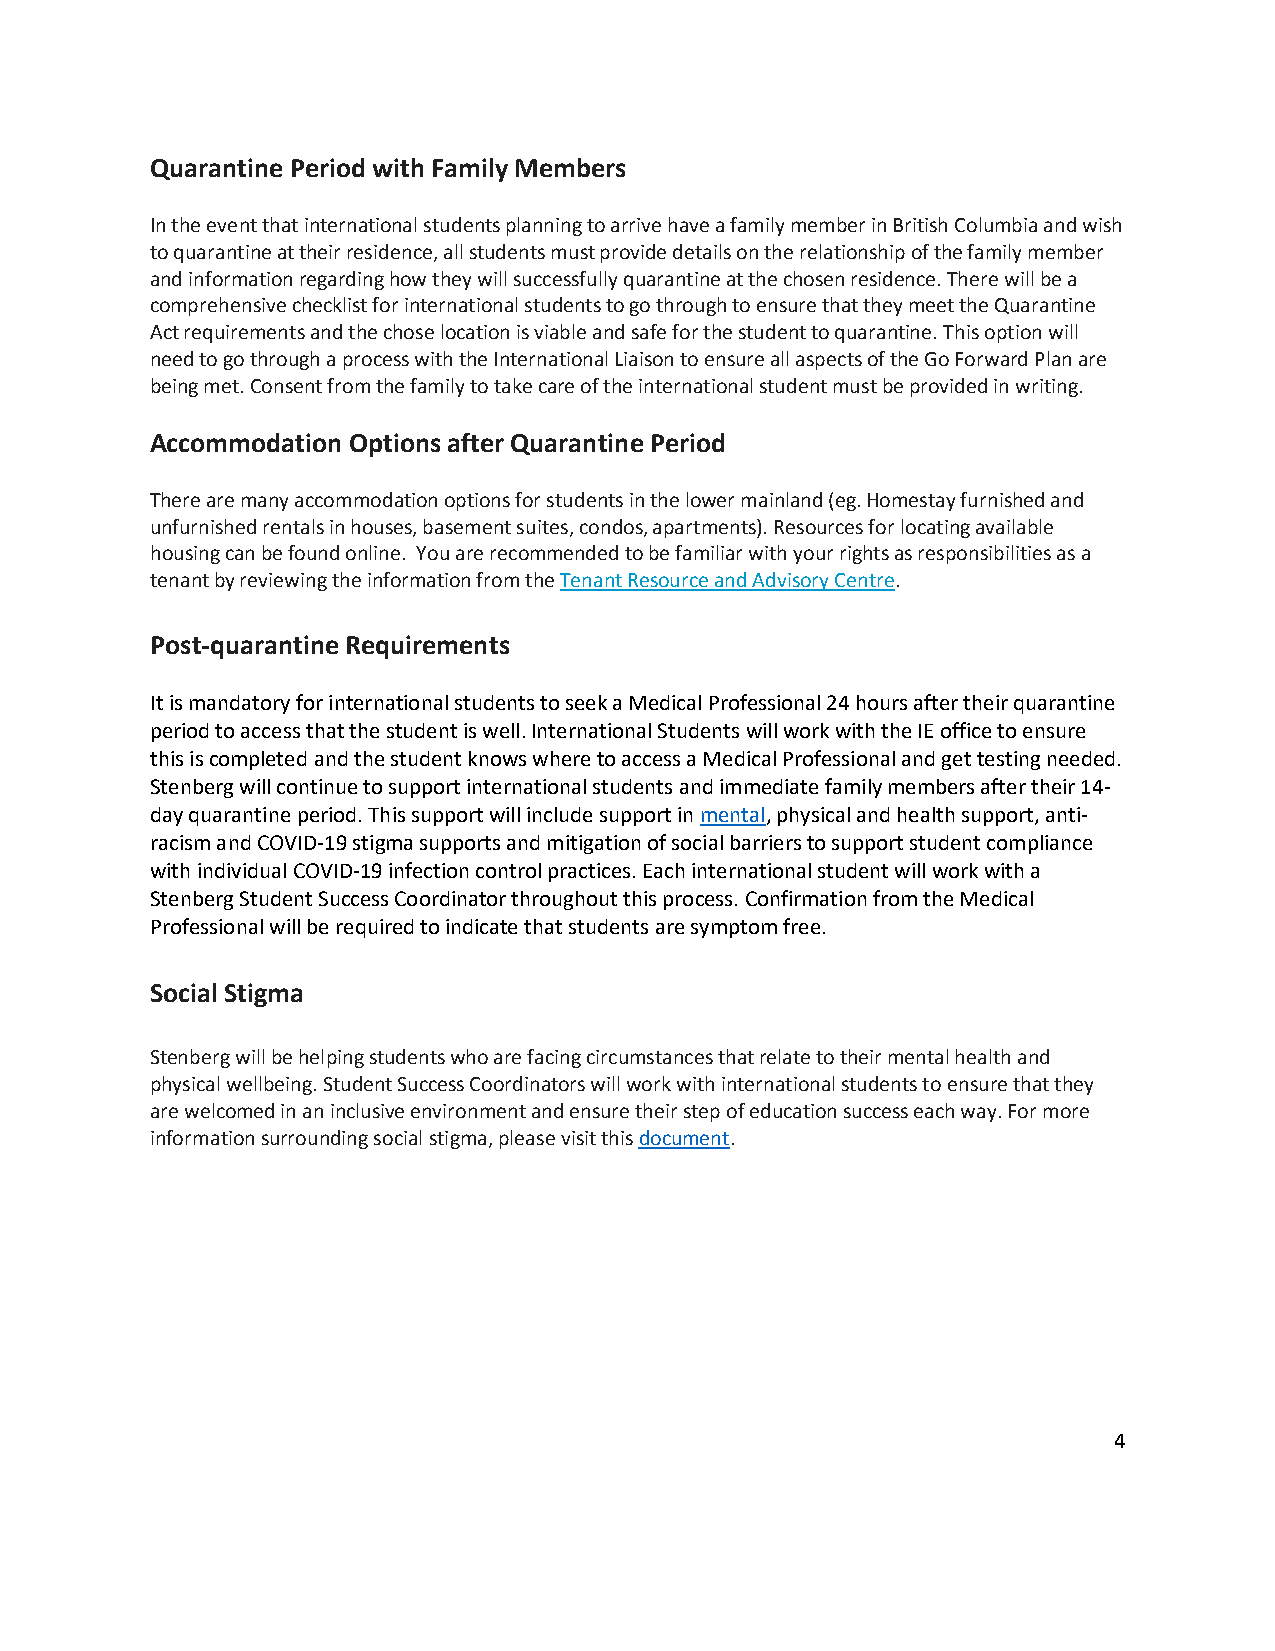
Quarantine Period with Family Members
 In the event that international students planning to arrive have a family member in British Columbia and wish
 to quarantine at their residence, all students must provide details on the relationship of the family member
 and information regarding how they will successfully quarantine at the chosen residence. There will be a
 comprehensive checklist for international students to go through to ensure that they meet the Quarantine
 Act requirements and the chose location is viable and safe for the student to quarantine. This option will
 need to go through a process with the International Liaison to ensure all aspects of the Go Forward Plan are
 being met. Consent from the family to take care of the international student must be provided in writing.
 Accommodation Options after Quarantine Period
 There are many accommodation options for students in the lower mainland (eg. Homestay furnished and
 unfurnished rentals in houses, basement suites, condos, apartments). Resources for locating available
 housing can be found online. You are recommended to be familiar with your rights as responsibilities as a
 tenant by reviewing the information from the Tenant Resource and Advisory Centre.
 Post-quarantine Requirements
 It is mandatory for international students to seek a Medical Professional 24 hours after their quarantine
 period to access that the student is well. International Students will work with the IE office to ensure
 this is completed and the student knows where to access a Medical Professional and get testing needed.
 Stenberg will continue to support international students and immediate family members after their 14-
 day quarantine period. This support will include support in mental, physical and health support, anti-
 racism and COVID-19 stigma supports and mitigation of social barriers to support student compliance
 with individual COVID-19 infection control practices. Each international student will work with a
 Stenberg Student Success Coordinator throughout this process. Confirmation from the Medical
 Professional will be required to indicate that students are symptom free.
 Social Stigma
 Stenberg will be helping students who are facing circumstances that relate to their mental health and
 physical wellbeing. Student Success Coordinators will work with international students to ensure that they
 are welcomed in an inclusive environment and ensure their step of education success each way. For more
 information surrounding social stigma, please visit this document.
 4